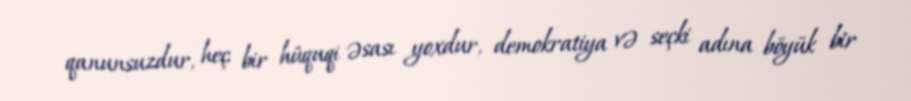
qanunsuzdur, heç bir hüquqi əsası yoxdur, demokratiya və seçki adına böyük bir